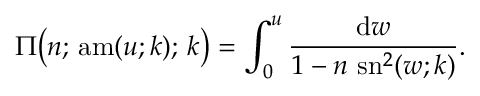
\Pi { \bigl ( } n ; \, \operatorname { a m } ( u ; k ) ; \, k { \bigr ) } = \int _ { 0 } ^ { u } { \frac { \mathrm { d } w } { 1 - n \, \operatorname { s n } ^ { 2 } ( w ; k ) } } .